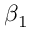
\beta _ { 1 }